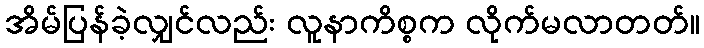
အိမ်ပြန်ခဲ့လျှင်လည်း လူနာကိစ္စက လိုက်မလာတတ်။